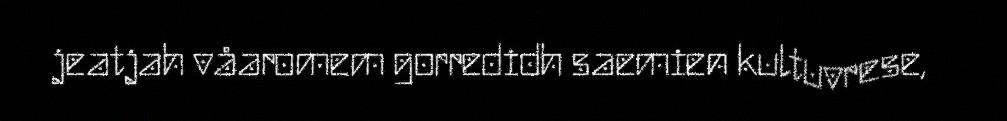
jeatjah våaromem gorredidh saemien kultuvrese,